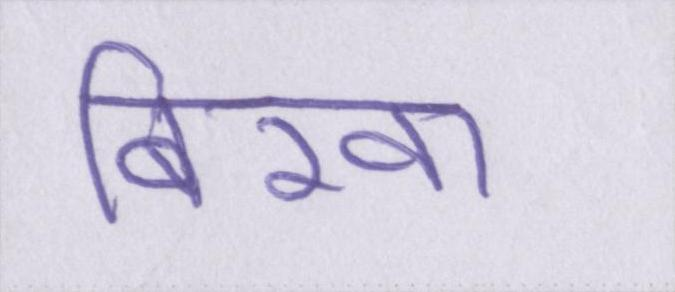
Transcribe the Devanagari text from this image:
बिस्वा